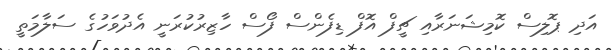
އަދި ޕޮލިސް ކޮމިޝަނަރާއި ޗީފް އޮފް ޑިފެންސް ފޯސް ހާޒިރުކުރަނީ އެދުވަހުގެ ސަލާމަތީ